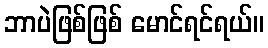
ဘာပဲဖြစ်ဖြစ် မောင်ရင်ရယ်။